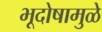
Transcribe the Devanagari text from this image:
भूदोषामुळे